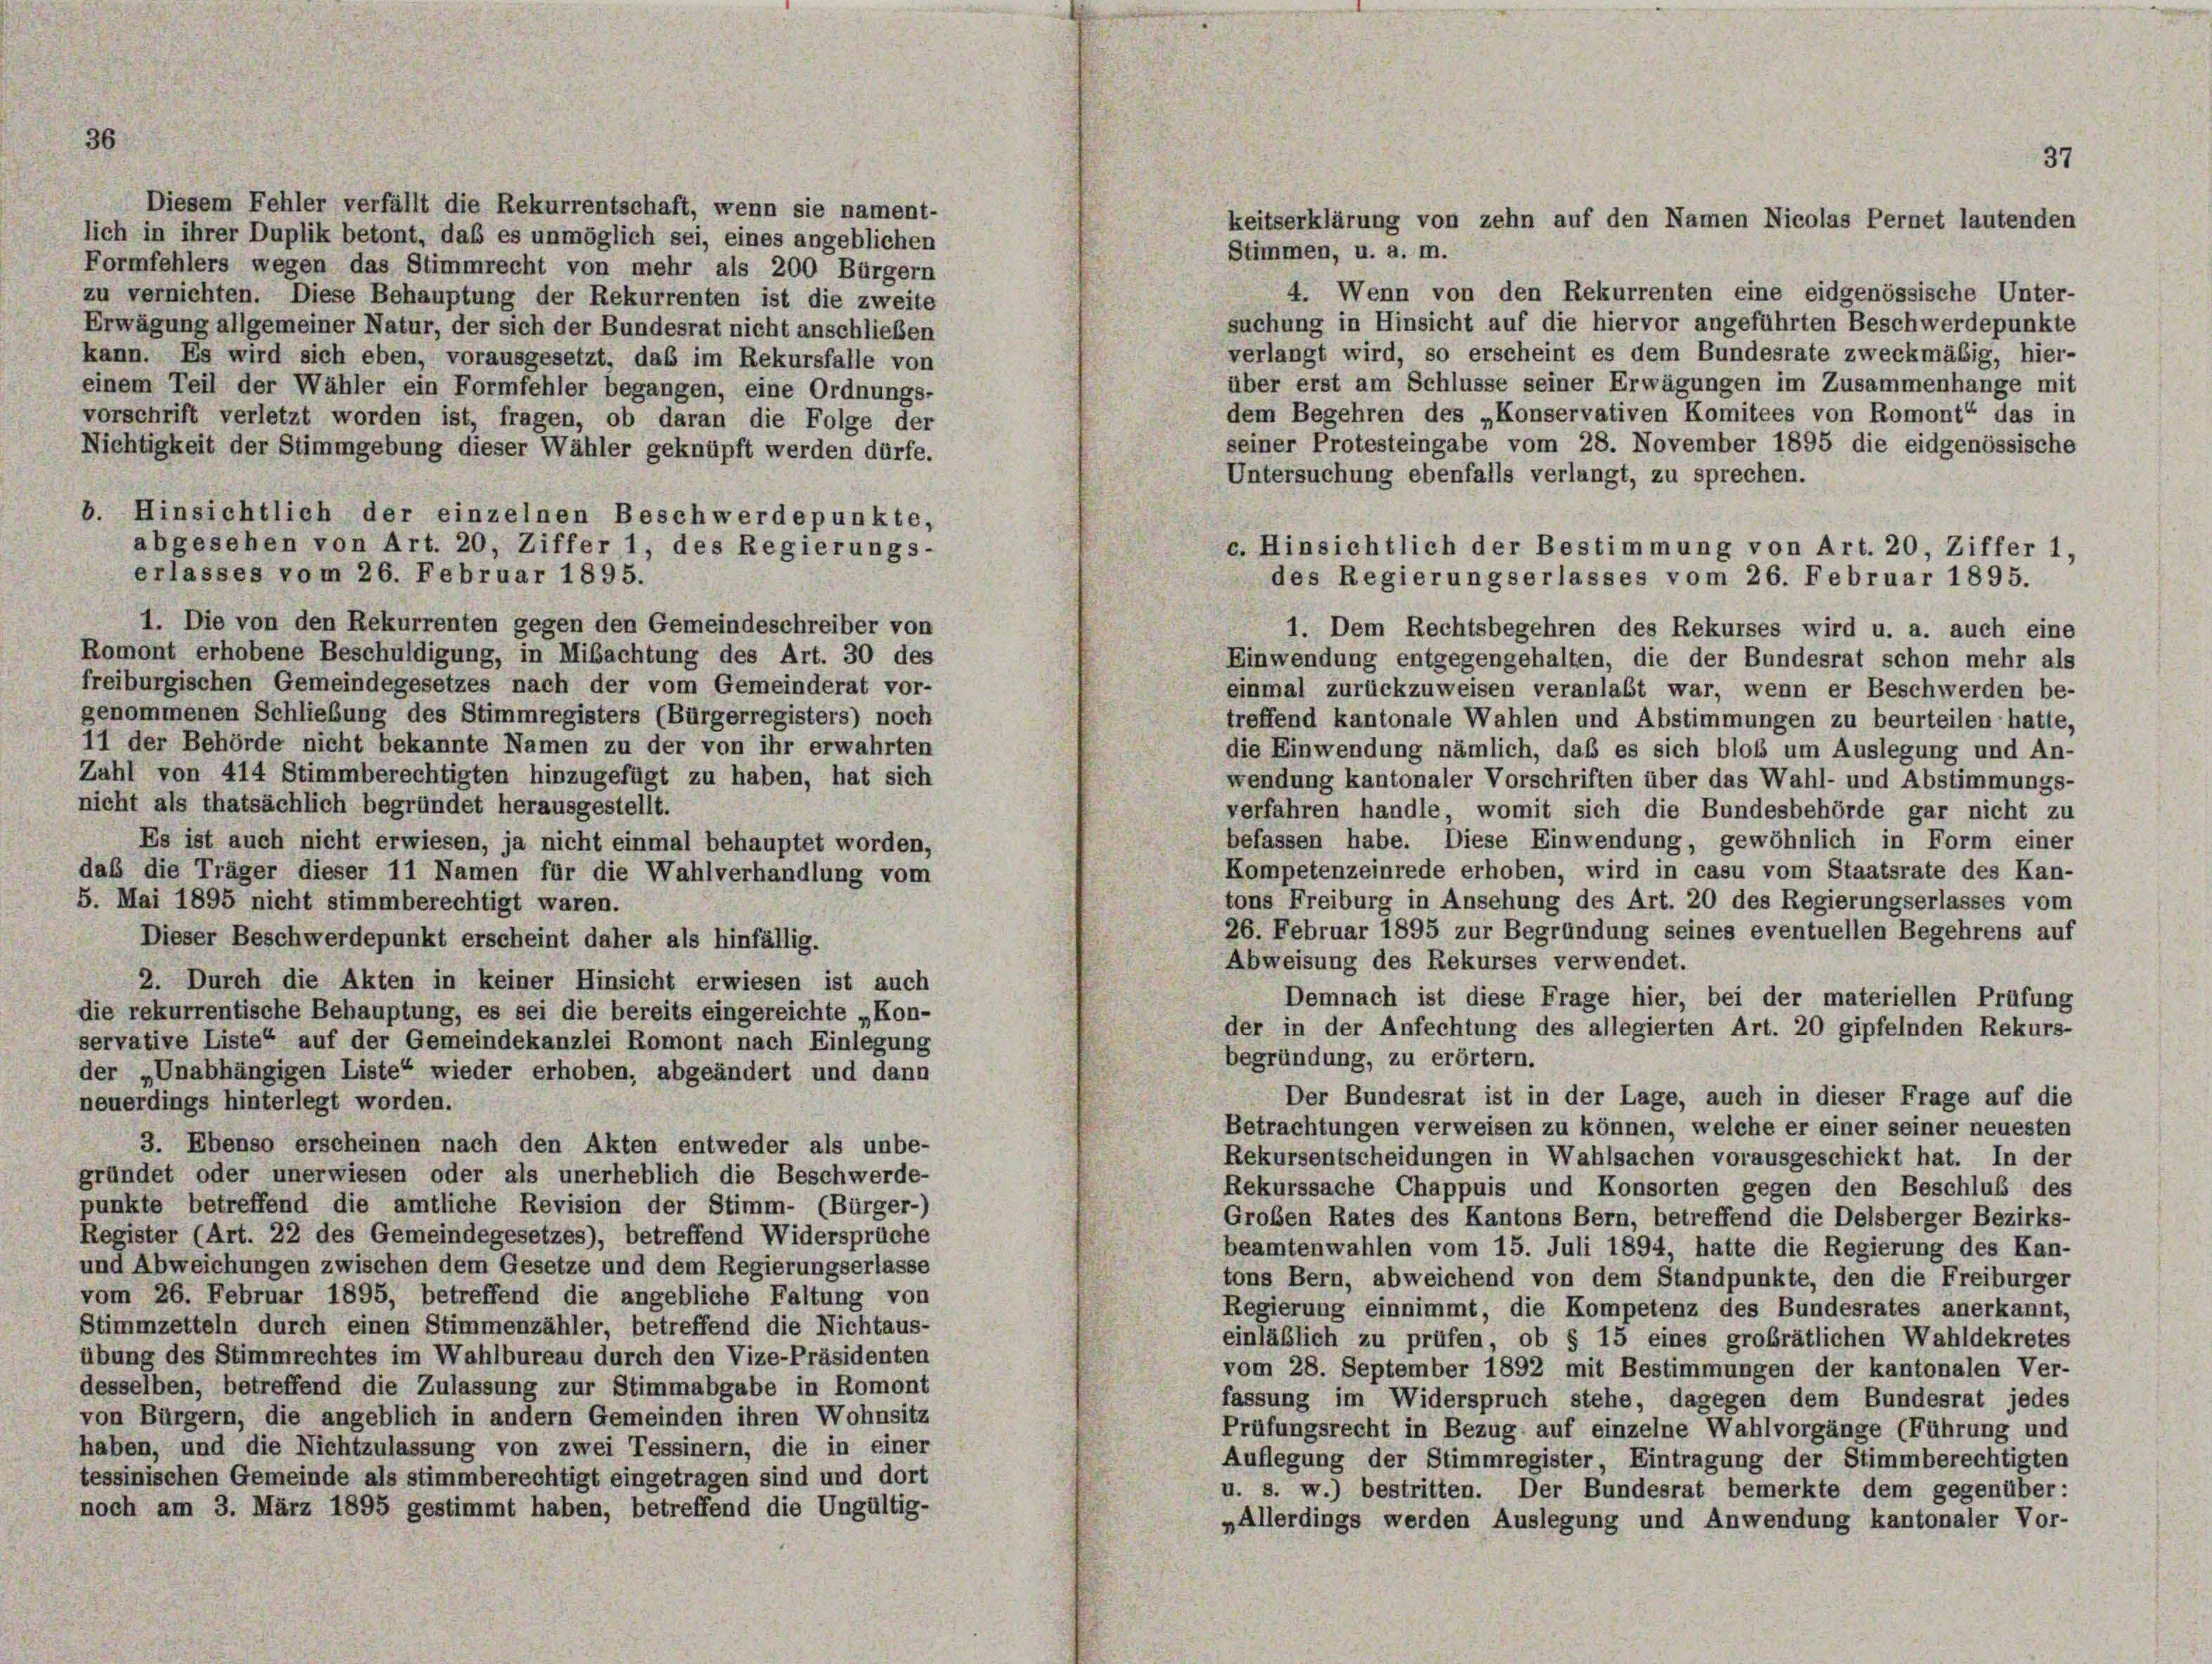
Diesem Fehler verfällt die Rekurrentschaft, wenn sie nament-
lich in ihrer Duplik betont, daß es unmöglich sei, eines angeblichen

36

Stimmen, u. a. m.
Formfehlers wegen das Stimmrecht von mehr als 200 Bürgern
4. Wenn von den Rekurrenten eine eidgenössische Unter-
zu vernichten. Diese Behauptung der Rekurrenten ist die zweite
suchung in Hinsicht auf die hiervor angeführten Beschwerdepunkte
Erwägung allgemeiner Natur, der sich der Bundesrat nicht anschließen
verlangt wird, so erscheint es dem Bundesrate zweckmäßig, hier-
kann. Es wird sich eben, vorausgesetzt, daß im Rekursfalle von
über erst am Schlüsse seiner Erwägungen im Zusammenhänge mit
einem Teil der Wähler ein Formfehler begangen, eine Ordnungs-
dem Begehren des „Konservativen Komitees von Romont“ das in
vorschrift verletzt worden ist, fragen, ob daran die Folge der
seiner Protesteingabe vom 28. November 1895 die eidgenössische
Nichtigkeit der Stimmgebung dieser Wähler geknüpft werden dürfe.
Untersuchung ebenfalls verlangt, zu sprechen.
b. Hinsichtlich der einzelnen Beschwerdepunkte,
abgesehen von Art. 20, Ziffer 1, des Regierungs-
erlasses vom 26. Februar 1895.
1. Die von den Rekurrenten gegen den Gemeindeschreiber von
Romont erhobene Beschuldigung, in Mibachtung des Art. 30 des
Einwendung entgegengehalten, die der Bundesrat schon mehr als
freiburgischen Gemeindegesetzes nach der vom Gemeinderat vor-
einmal zurückzuweisen veranlaßt war, wenn er Beschwerden be-
genommenen Schließung des Stimmregisters (Bürgerregisters) noch
treffend kantonale Wahlen und Abstimmungen zu beurteilen hatte,
11 der Behörde nicht bekannte Namen zu der von ihr erwahrten
die Einwendung nämlich, daß es sich bloß um Auslegung und An-
Zahl von 414 Stimmberechtigten hinzugefügt zu haben, hat sich
wendung kantonaler Vorschriften über das Wahl- und Abstimmungs-
nicht als thatsächlich begründet herausgestellt.
verfahren handle, womit sich die Bundesbehörde gar nicht zu
befassen habe. Diese Einwendung, gewöhnlich in Form einer
Es ist auch nicht erwiesen, ja nicht einmal behauptet worden,
Kompetenzeinrede erhoben, wird in casu vom Staatsrate des Kan-
daß die Träger dieser 11 Namen für die Wahlverhandlung vom
tons Freiburg in Ansehung des Art. 20 des Regierungserlasses vom
5. Mai 1895 nicht stimmberechtigt waren.
26. Februar 1895 zur Begründung seines eventuellen Begehrens auf
Dieser Beschwerdepunkt erscheint daher als hinfällig.
Abweisung des Rekurses verwendet.
2. Durch die Akten in keiner Hinsicht erwiesen ist auch
Demnach ist diese Frage hier, bei der materiellen Prüfung
die rekurrentische Behauptung, es sei die bereits eingereichte „Kon-
der in der Anfechtung des allegierten Art. 20 gipfelnden Rekurs-
servative Liste“ auf der Gemeindekanzlei Romont nach Einlegung
begründung, zu erörtern.
der „Unabhängigen Liste“ wieder erhoben, abgeändert und dann
Der Bundesrat ist in der Lage, auch in dieser Frage auf die
neuerdings hinterlegt worden.
Betrachtungen verweisen zu können, welche er einer seiner neuesten
3. Ebenso erscheinen nach den Akten entweder als unbe-
Rekursentscheidungen in Wahlsachen vorausgeschickt hat. In der
gründet oder unerwiesen oder als unerheblich die Beschwerde-
Rekurssache Chappuis und Konsorten gegen den Beschluß des
punkte betreffend die amtliche Revision der Stimm- (Bürger-
Großen Rates des Kantons Bern, betreffend die Delsberger Bezirks-
Register (Art. 22 des Gemeindegesetzes), betreffend Widersprüche
beamtenwahlen vom 15. Juli 1894, hatte die Regierung des Kan-
und Abweichungen zwischen dem Gesetze und dem Regierungserlasse
tons Bern, abweichend von dem Standpunkte, den die Freiburger
vom 26. Februar 1895, betreffend die angebliche Faltung von
Regierung einnimmt, die Kompetenz des Bundesrates anerkannt,
Stimmzetteln durch einen Stimmenzähler, betreffend die Nichtaus-
einläßlich zu prüfen, ob § 15 eines grobrätlichen Wahldekretes
übung des Stimmrechtes im Wahlbureau durch den Vize-Präsidenten
vom 28. September 1892 mit Bestimmungen der kantonalen Ver-
desselben, betreffend die Zulassung zur Stimmabgabe in Romont
fassung im Widerspruch stehe, dagegen dem Bundesrat jedes
von Bürgern, die angeblich in andern Gemeinden ihren Wohnsitz
Prüfungsrecht in Bezug auf einzelne Wahlvorgänge (Führung und
haben, und die Nichtzulassung von zwei Tessinern, die in einer
Auflegung der Stimmregister, Eintragung der Stimmberechtigten
tessinischen Gemeinde als stimmberechtigt eingetragen sind und dort
u. s. w.) bestritten. Der Bundesrat bemerkte dem gegenüber:
noch am 3. März 1895 gestimmt haben, betreffend die Ungültig-
„Allerdings werden Auslegung und Anwendung kantonaler Vor-

37
keitserklärung von zehn auf den Namen Nicolas Pernet lautenden

e. Hinsichtlich der Bestimmung von Art. 20, Ziffer 1,
des Regierungserlasses vom 26. Februar 1895.
1. Dem Rechtsbegehren des Rekurses wird u. a. auch eine